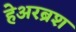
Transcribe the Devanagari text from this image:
हेअरब्रश